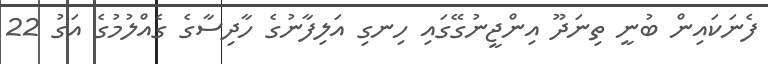
ފެނަކައިން ބުނީ ތިނަދޫ އިންޖީނުގޭގައި ހިނގި އަލިފާނުގެ ހާދިސާގެ ގެއްލުމުގެ އަގު 22